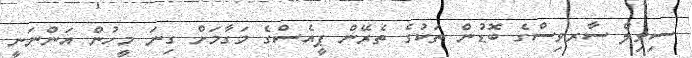
ސިވިލް ސާރވިސްގެ ބޮޑުން ތަކުގެ ތެރޭން ޕީއެސްގެ މަގާމަށް ގިނަ މީހުން އަންނަނީ